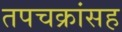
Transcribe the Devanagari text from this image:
तपचक्रांसह